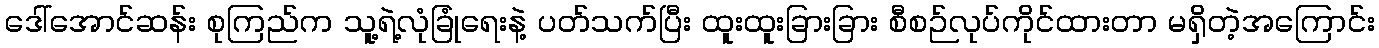
ဒေါ်အောင်ဆန်း စုကြည်က သူ့ရဲ့လုံခြုံရေးနဲ့ ပတ်သက်ပြီး ထူးထူးခြားခြား စီစဉ်လုပ်ကိုင်ထားတာ မရှိတဲ့အကြောင်း